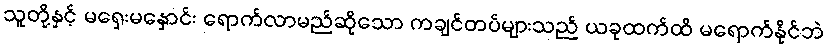
သူတို့နှင့် မရှေးမနှောင်း ရောက်လာမည်ဆိုသော ကချင်တပ်များသည် ယခုထက်ထိ မရောက်နိုင်ဘဲ